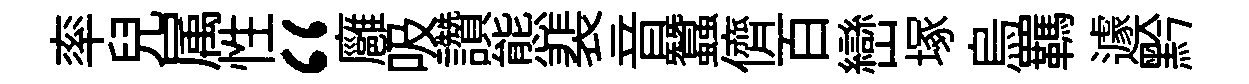
率兒属性“廱吸讚態裴音蠶儕百巒塚烏羈遽黔